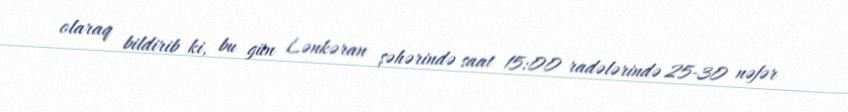
olaraq bildirib ki, bu gün Lənkəran şəhərində saat 15:00 radələrində 25-30 nəfər